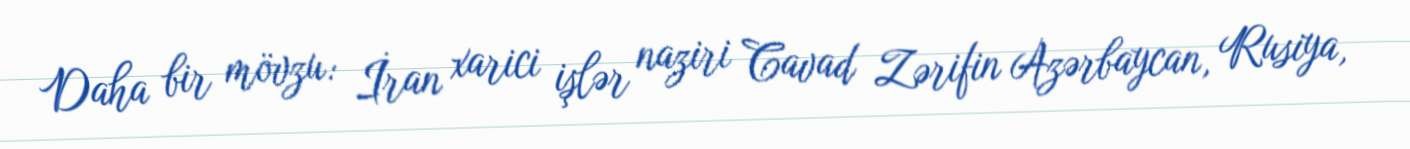
Daha bir mövzu: İran xarici işlər naziri Cavad Zərifin Azərbaycan, Rusiya,